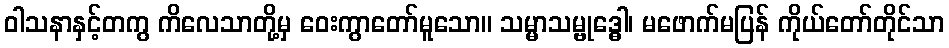
ဝါသနာနှင့်တကွ ကိလေသာတို့မှ ဝေးကွာတော်မူသော။ သမ္မာသမ္ဗုဒ္ဓေါ၊ မဖောက်မပြန် ကိုယ်တော်တိုင်သာ